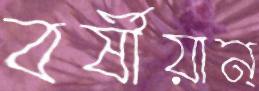
বর্ষীয়ান্‌